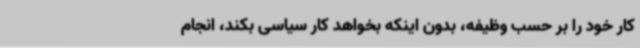
کار خود را بر حسب وظیفه، بدون اینکه بخواهد کار سیاسی بکند، انجام